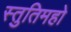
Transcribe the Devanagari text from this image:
स्तुतिमहो